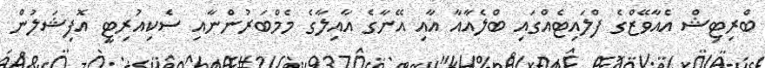
ބްރިޓިޝް އެއާވޭޒްގެ ފްލައިޓެއްގައި ބްލެއާއާ އާއި އޭނާގެ އާއިލާގެ މެމްބަރުންނާއި ސެކިއުރިޓީ އޮފިޝަލުން